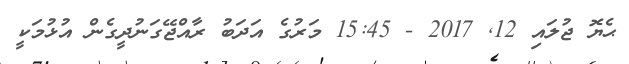
ޙެޔޮ ޖުލައި 12